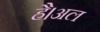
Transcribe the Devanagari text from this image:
है।अल